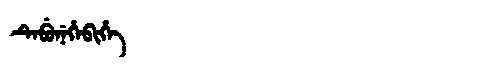
Manchu: ᡨᡝᠪᡠᠨᡝᡥᡝᠪᡳᡥᡝ
Romanization: TEBUNEHEBIHE